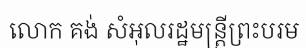
លោក គង់ សំអុលរដ្ឋមន្ត្រីព្រះបរម